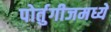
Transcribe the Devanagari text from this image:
पोर्तुगीजमध्ये